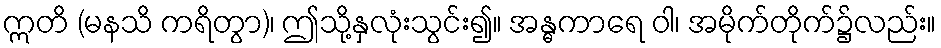
ဣတိ (မနသိ ကရိတွာ)၊ ဤသို့နှလုံးသွင်း၍။ အန္ဓကာရေ ဝါ၊ အမိုက်တိုက်၌လည်း။